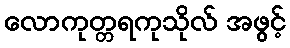
လောကုတ္တရကုသိုလ် အဖွင့်